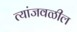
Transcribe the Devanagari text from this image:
त्यांजवळील